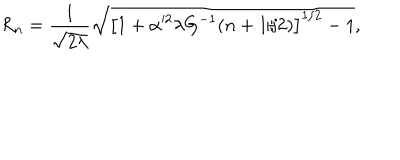
R _ { n } = \frac { 1 } { \sqrt { 2 \lambda } } \sqrt { \left[ 1 + \alpha ^ { 2 } \lambda G ^ { - 1 } ( n + 1 / 2 ) \right] ^ { 1 / 2 } - 1 } ,